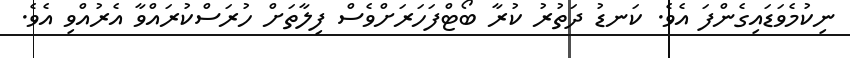
ނިކުމެވަޑައިގެންފަ އެވެ. ކަނޑު ދަތުރު ކުރާ ބޯޓްފަހަރަށްވެސް ފިލާތަށް ހުރަސްކުރައްވާ އެރުއްވި އެވެ.